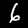
Digit: 6